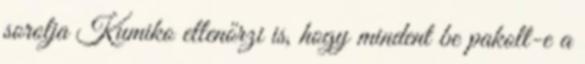
sorolja Kumiko ellenőrzi is, hogy mindent be pakolt-e a